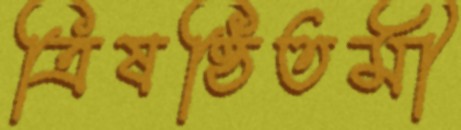
ত্রিষষ্ঠিতমী